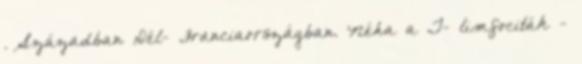
. Században Dél- Franciaországban. Néha a T- limfociták -